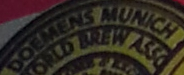
DOEMENS MUNICH